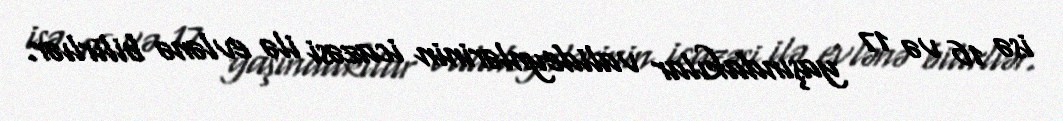
isə 16 və 17 yaşındakılar valideynlərinin icazəsi ilə evlənə bilirlıər.